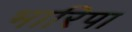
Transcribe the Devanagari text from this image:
भारिपा